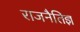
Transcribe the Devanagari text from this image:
राजनैतिज्ञ